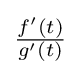
\textstyle {\frac {f'(t)}{g'(t)}}